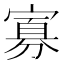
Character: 寡